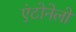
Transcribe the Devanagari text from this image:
एंटोनेलो